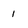
Character: 1